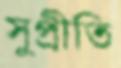
সুপ্রীতি